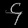
Digit: ၄